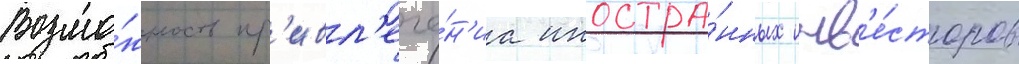
Возмо́жность пр'ивл'ече́н'иа иностра́нных инв'е́сторов